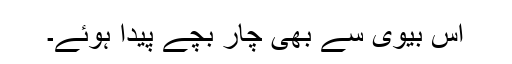
اس بیوی سے بھی چار بچے پیدا ہوئے۔